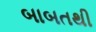
બાબતથી